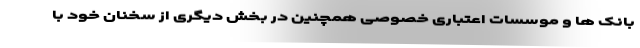
بانک ها و موسسات اعتباری خصوصی همچنین در بخش دیگری از سخنان خود با